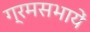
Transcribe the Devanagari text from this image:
ग्रमसभायें